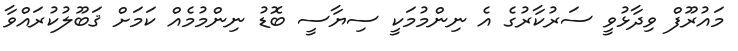
މައުރޫފް ވިދާޅުވީ ސަރުކާރުގެ އެ ނިންމުމަކީ ސިޔާސީ ބޮޑު ނިންމުމެއް ކަމަށް ޤަބޫލުކުރައްވާ